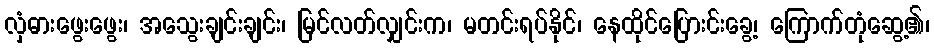
လှံဓားဖွေးဖွေး၊ အသွေးချင်းချင်း၊ မြင်လတ်လျှင်းက၊ မတင်းရပ်နိုင်၊ နေထိုင်ပြေားင်းခွေ့၊ ကြောက်တုံဆွေ့၏၊